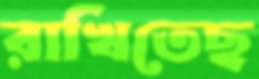
রাখিতেছ